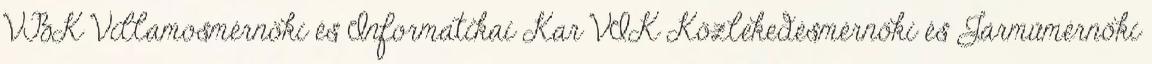
VBK Villamosmérnöki és Informatikai Kar VIK Közlekedésmérnöki és Járműmérnöki